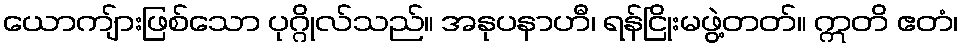
ယောကျ်ားဖြစ်သော ပုဂ္ဂိုလ်သည်။ အနုပနာဟီ၊ ရန်ငြိုးမဖွဲ့တတ်။ ဣတိ ဧတံ၊